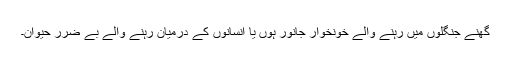
گھنے جنگلوں میں رہنے والے خونخوار جانور ہوں یا انسانوں کے درمیان رہنے والے بے ضرر حیوان۔